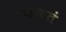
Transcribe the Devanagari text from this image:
फळतं